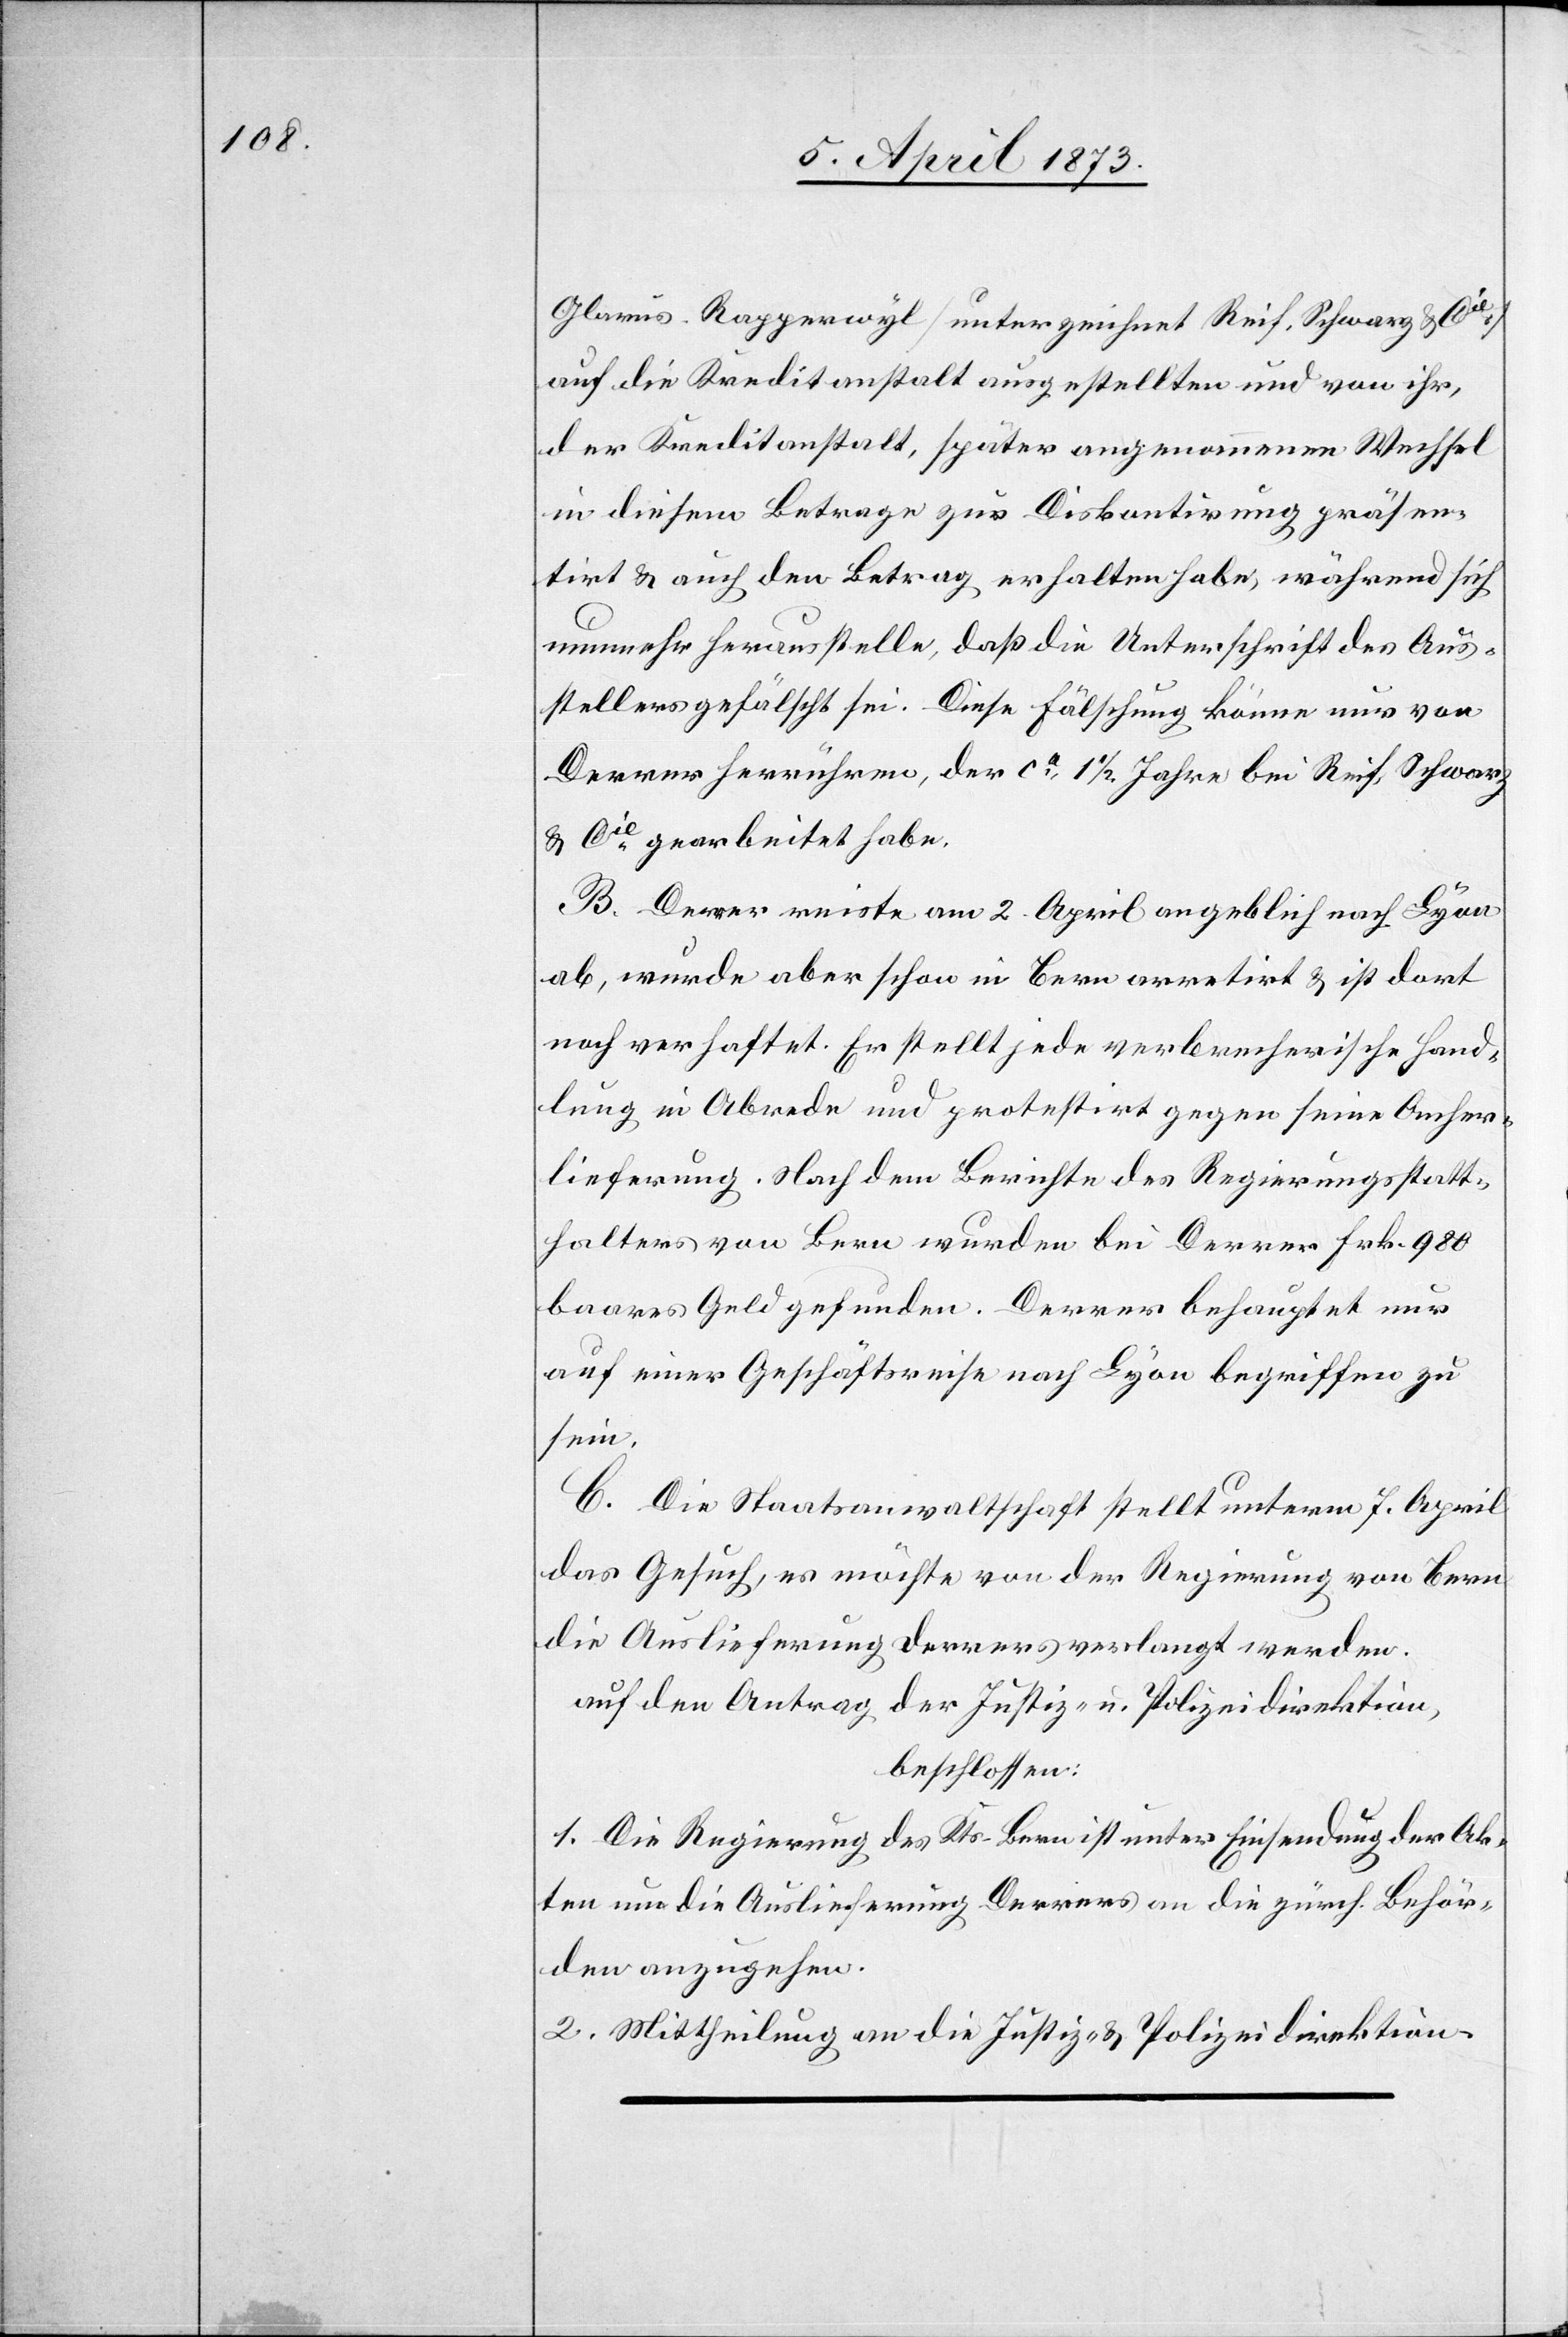
Glarus-Rapperwyl [sic!] [unterzeichnet Reif. Schwarz & Cie.]
auf die Kreditanstalt ausgestellten und von ihr,
der Kreditanstalt, später angenommenen Wechsel
in diesem Betrage zur Diskontirung präsen¬
tirt & auch den Betrag erhalten habe, während sich
nunmehr herausstelle, daß die Unterschrift des Aus¬
stellers gefälscht sei. Diese Fälschung könne nur von
Derrer herrühren, der ca 1 1/2 Jahre bei Reif. Schwarz
& Cie gearbeitet habe.
B. Derrer reiste am 2. April angeblich nach Lyon
ab, wurde aber schon in Bern arretirt & ist dort
noch verhaftet. Er stellt jede verbrecherische Hand¬
lung in Abrede und protestirt gegen seine Anher¬
lieferung. Nach dem Berichte des Regierungsstatt¬
halters von Bern wurden bei Derrer Fr. 980
baares Geld gefunden. Derrer behauptete nur
auf einer Geschäftsreise nach Lyon begriffen zu
sein.
C. Die Staatsanwaltschaft stellt unterm 7. April
das Gesuch, es möchte von der Regierung von Bern
die Auslieferung Derrers verlangt werden.
auf den Antrag der Justiz- u. Polizeidirektion,
beschlossen:
1. Die Regierung des Kts. Bern ist unter Einsendung der Ak¬
ten um die Auslieferung Derrers an die zürch. Behör¬
den anzugehen.
2. Mittheilung an die Justiz- & Polizeidirektion.